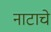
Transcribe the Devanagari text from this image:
नाटाचे